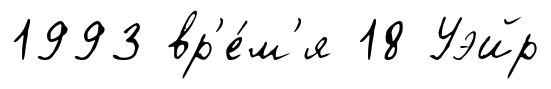
1993 вр'е́м'я 18 Уэйр